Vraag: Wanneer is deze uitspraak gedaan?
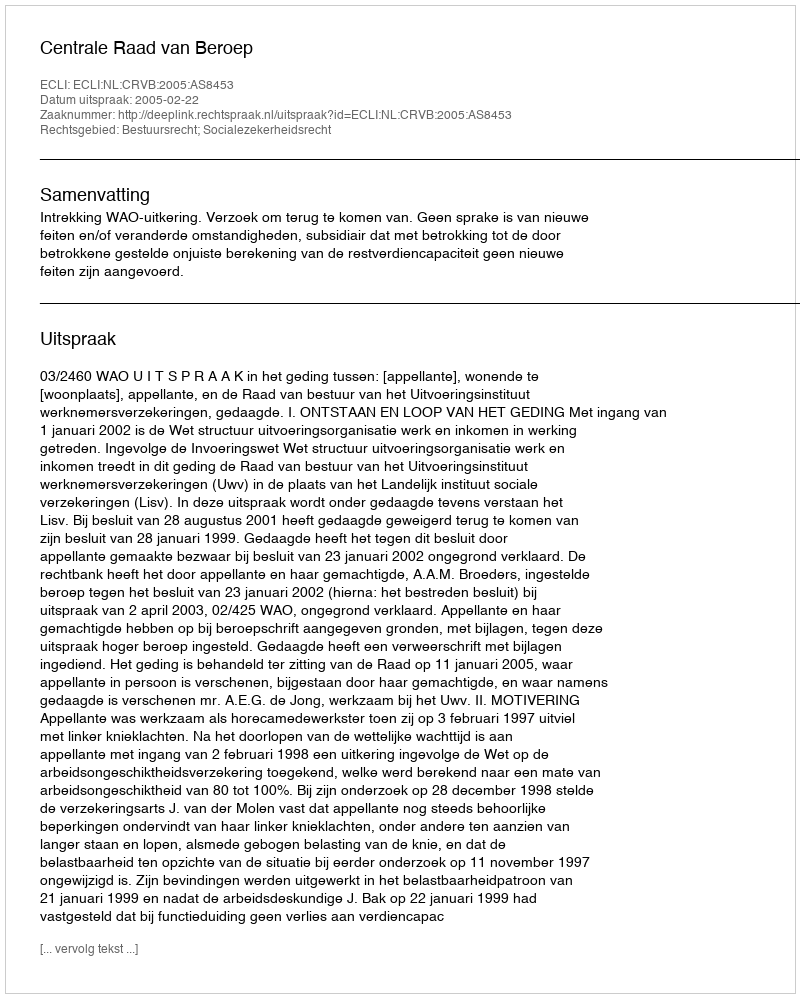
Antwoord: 2005-02-22